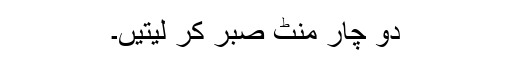
دو چار منٹ صبر کر لیتیں۔